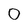
Character: 0